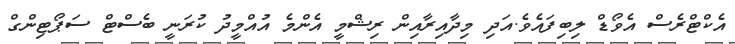
އެކްޓްރެސް އެވޯޑް ލިބިފައެވެ.އަދި މިދާއިރާއިން ރިޝްމީ އެންމެ އުއްމީދު ކުރަނީ ބެސްޓް ސަޕޯޓިންގް